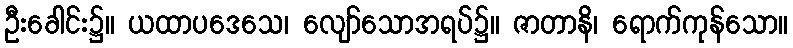
ဦးခေါင်း၌။ ယထာပဒေသေ၊ လျော်သောအရပ်၌။ ဇာတာနိ၊ ရောက်ကုန်သော။